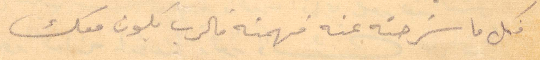
فكل ما شرحته عنه فهمته فالرب يكون معك